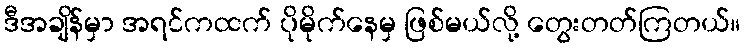
ဒီအချိန်မှာ အရင်ကထက် ပိုမိုက်နေမှ ဖြစ်မယ်လို့ တွေးတတ်ကြတယ်။